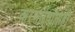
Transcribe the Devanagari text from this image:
करणाऱ्यांनाही